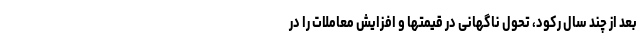
بعد از چند سال رکود، تحول ناگهانی در قیمتها و افزایش معاملات را در